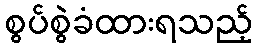
စွပ်စွဲခံထားရသည့်